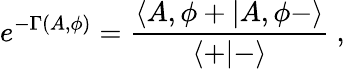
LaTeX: e^{-\Gamma(A,\phi)}={\frac{\langle A,\phi+\vert A,\phi-\rangle}{\langle+\vert-\rangle}}\ ,